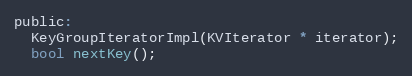
Language: C
public:
  KeyGroupIteratorImpl(KVIterator * iterator);
  bool nextKey();